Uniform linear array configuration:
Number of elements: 64
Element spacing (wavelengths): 0.25
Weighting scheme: hann
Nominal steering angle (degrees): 30
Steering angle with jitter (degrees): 30.811
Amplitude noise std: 0.05
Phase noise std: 0.05

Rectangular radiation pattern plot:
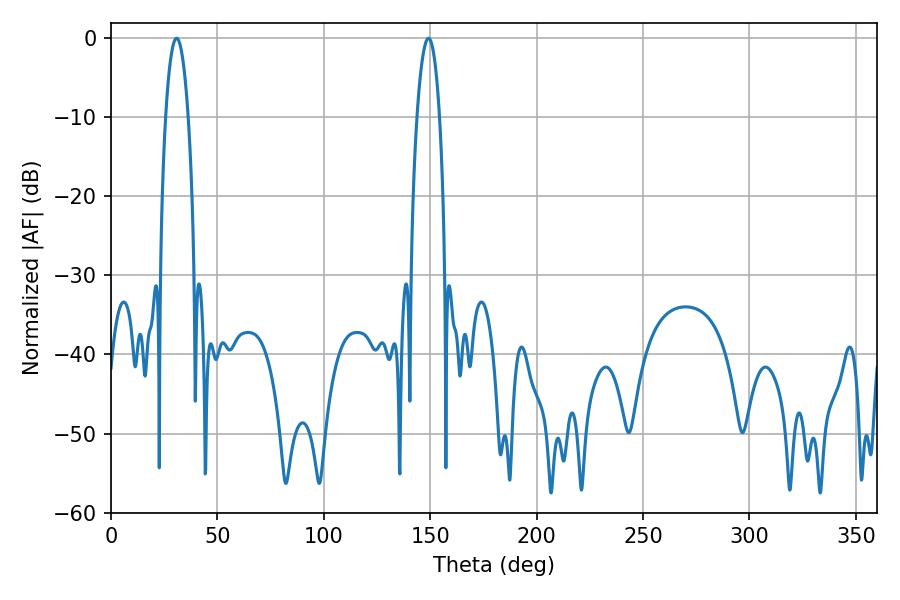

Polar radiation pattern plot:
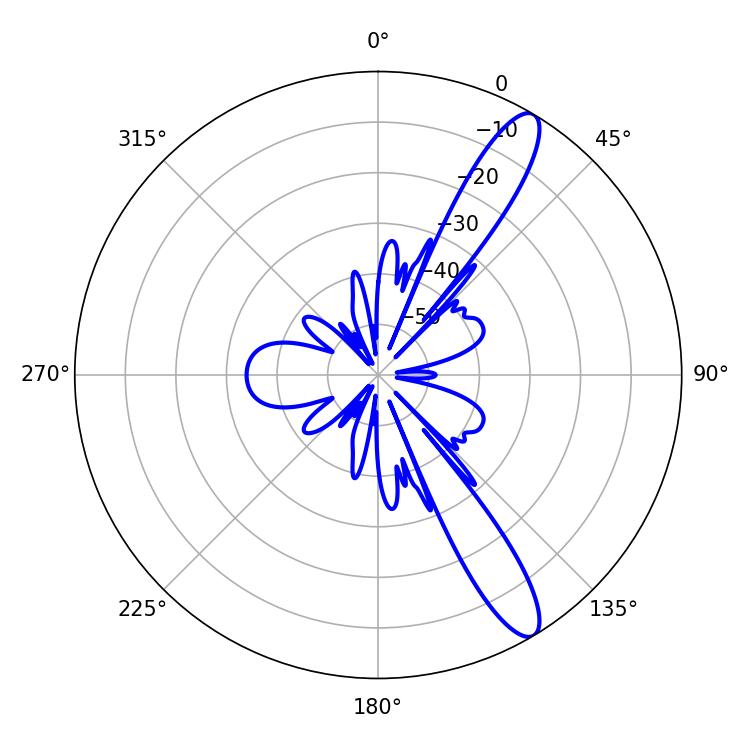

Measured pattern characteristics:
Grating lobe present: FALSE
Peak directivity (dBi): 12.468
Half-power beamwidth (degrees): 5.94
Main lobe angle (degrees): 30.78